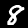
Digit: 8